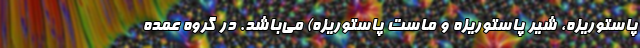
پاستوریزه، شیر پاستوریزه و ماست پاستوریزه) می‌باشد. در گروه عمده